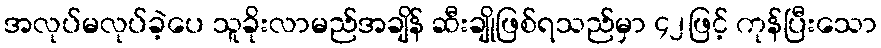
အလုပ်မလုပ်ခဲ့ပေ သူခိုးလာမည်အချိန် ဆီးချိုဖြစ်ရသည်မှာ ၄၂ဖြင့် ကုန်ပြီးသော